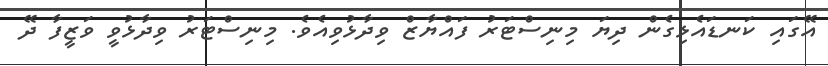
އޭގައި ކަނޑައެޅިގެން ދިޔަ މިނިސްޓަރު ފައްޔާޒް ވިދާޅުވިއެވެ. މިނިސްޓަރު ވިދާޅުވީ ވަޒީފާ ދޭ